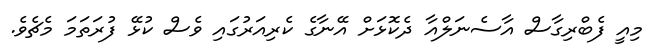
މިއީ ފެބްރިގާސް އާސެނަލްއާ ދެކޮޅަށް އޭނާގެ ކެރިއަރުގައި ވެސް ކުޅޭ ފުރަތަމަ މެޗެވެ.